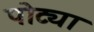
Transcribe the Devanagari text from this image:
पोट्या